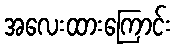
အလေးထားကြောင်း